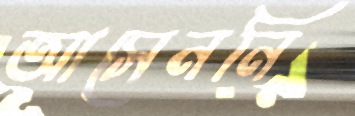
আসেননি